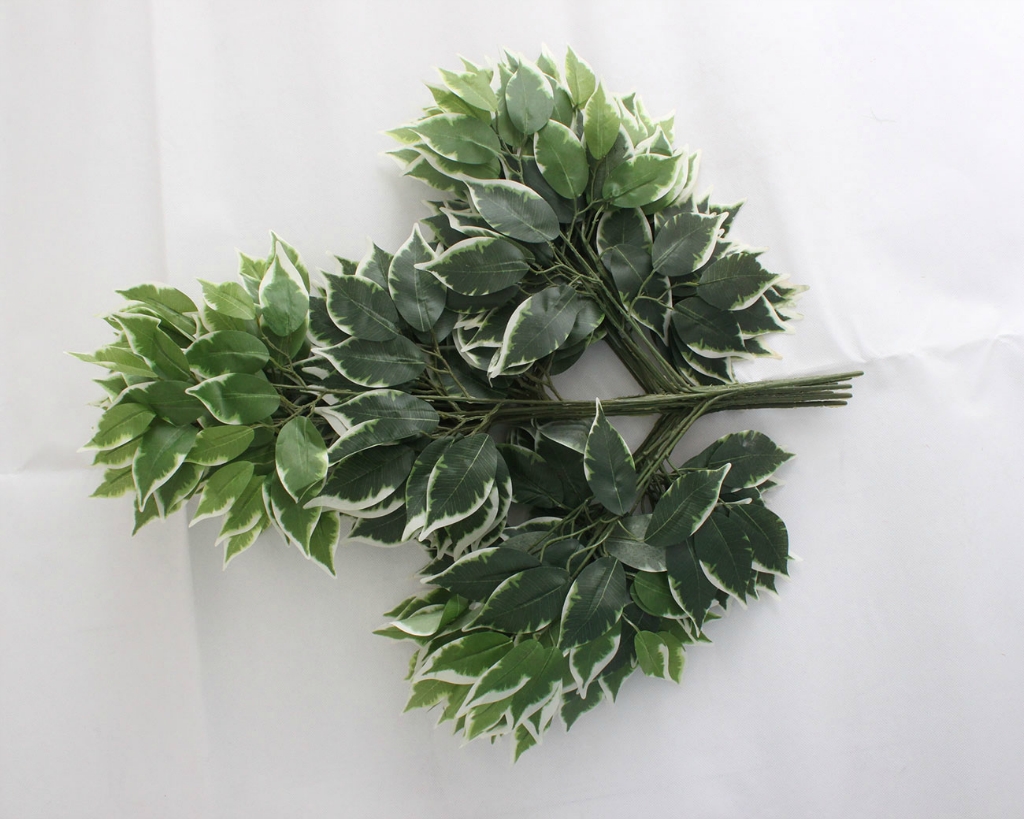
山城过雨百花尽，榕叶满庭莺乱啼。